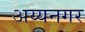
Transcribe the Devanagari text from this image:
अय्यनगर